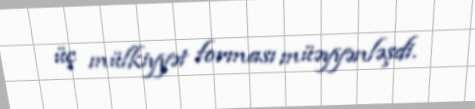
üç mülkiyyət forması müəyyənləşdi.